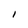
Character: I